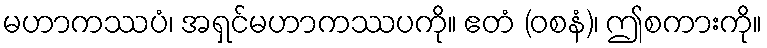
မဟာကဿပံ၊ အရှင်မဟာကဿပကို။ ဧတံ (ဝစနံ)၊ ဤစကားကို။